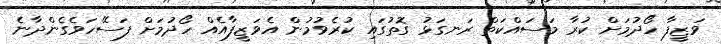
ވަޒީފާ ހޯދުމަށް ކުރާ މަސައްކަތް ރަނގަޅު ގޮތުގައި ކުރެވުމުން އެވަޒީފާއެއް ހޯދުމަށް ފަސޭހަވެގެންދާނެ